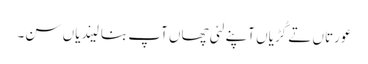
عورتاں تے کُڑیاں آپنے لئی چھاں آپ بنا لیندیاں سن۔